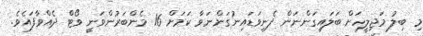
މި ބިލު މަޖިލީހަށް ބަލައިގަންނަން ފެނިވަޑައިނުގަންނަވާ ކަމަށް 16 މެންބަރުންވަނީ ވޯޓް ދެއްވާފައެވެ.